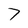
Character: 7